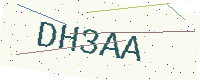
Text: DH3AA